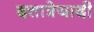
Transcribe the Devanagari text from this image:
दत्तात्रेयादी